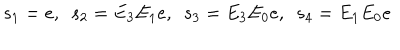
s _ { 1 } = e , \ \ s _ { 2 } = E _ { 3 } E _ { 1 } e , \ \ s _ { 3 } = E _ { 3 } E _ { 0 } e , \ \ s _ { 4 } = E _ { 1 } E _ { 0 } e